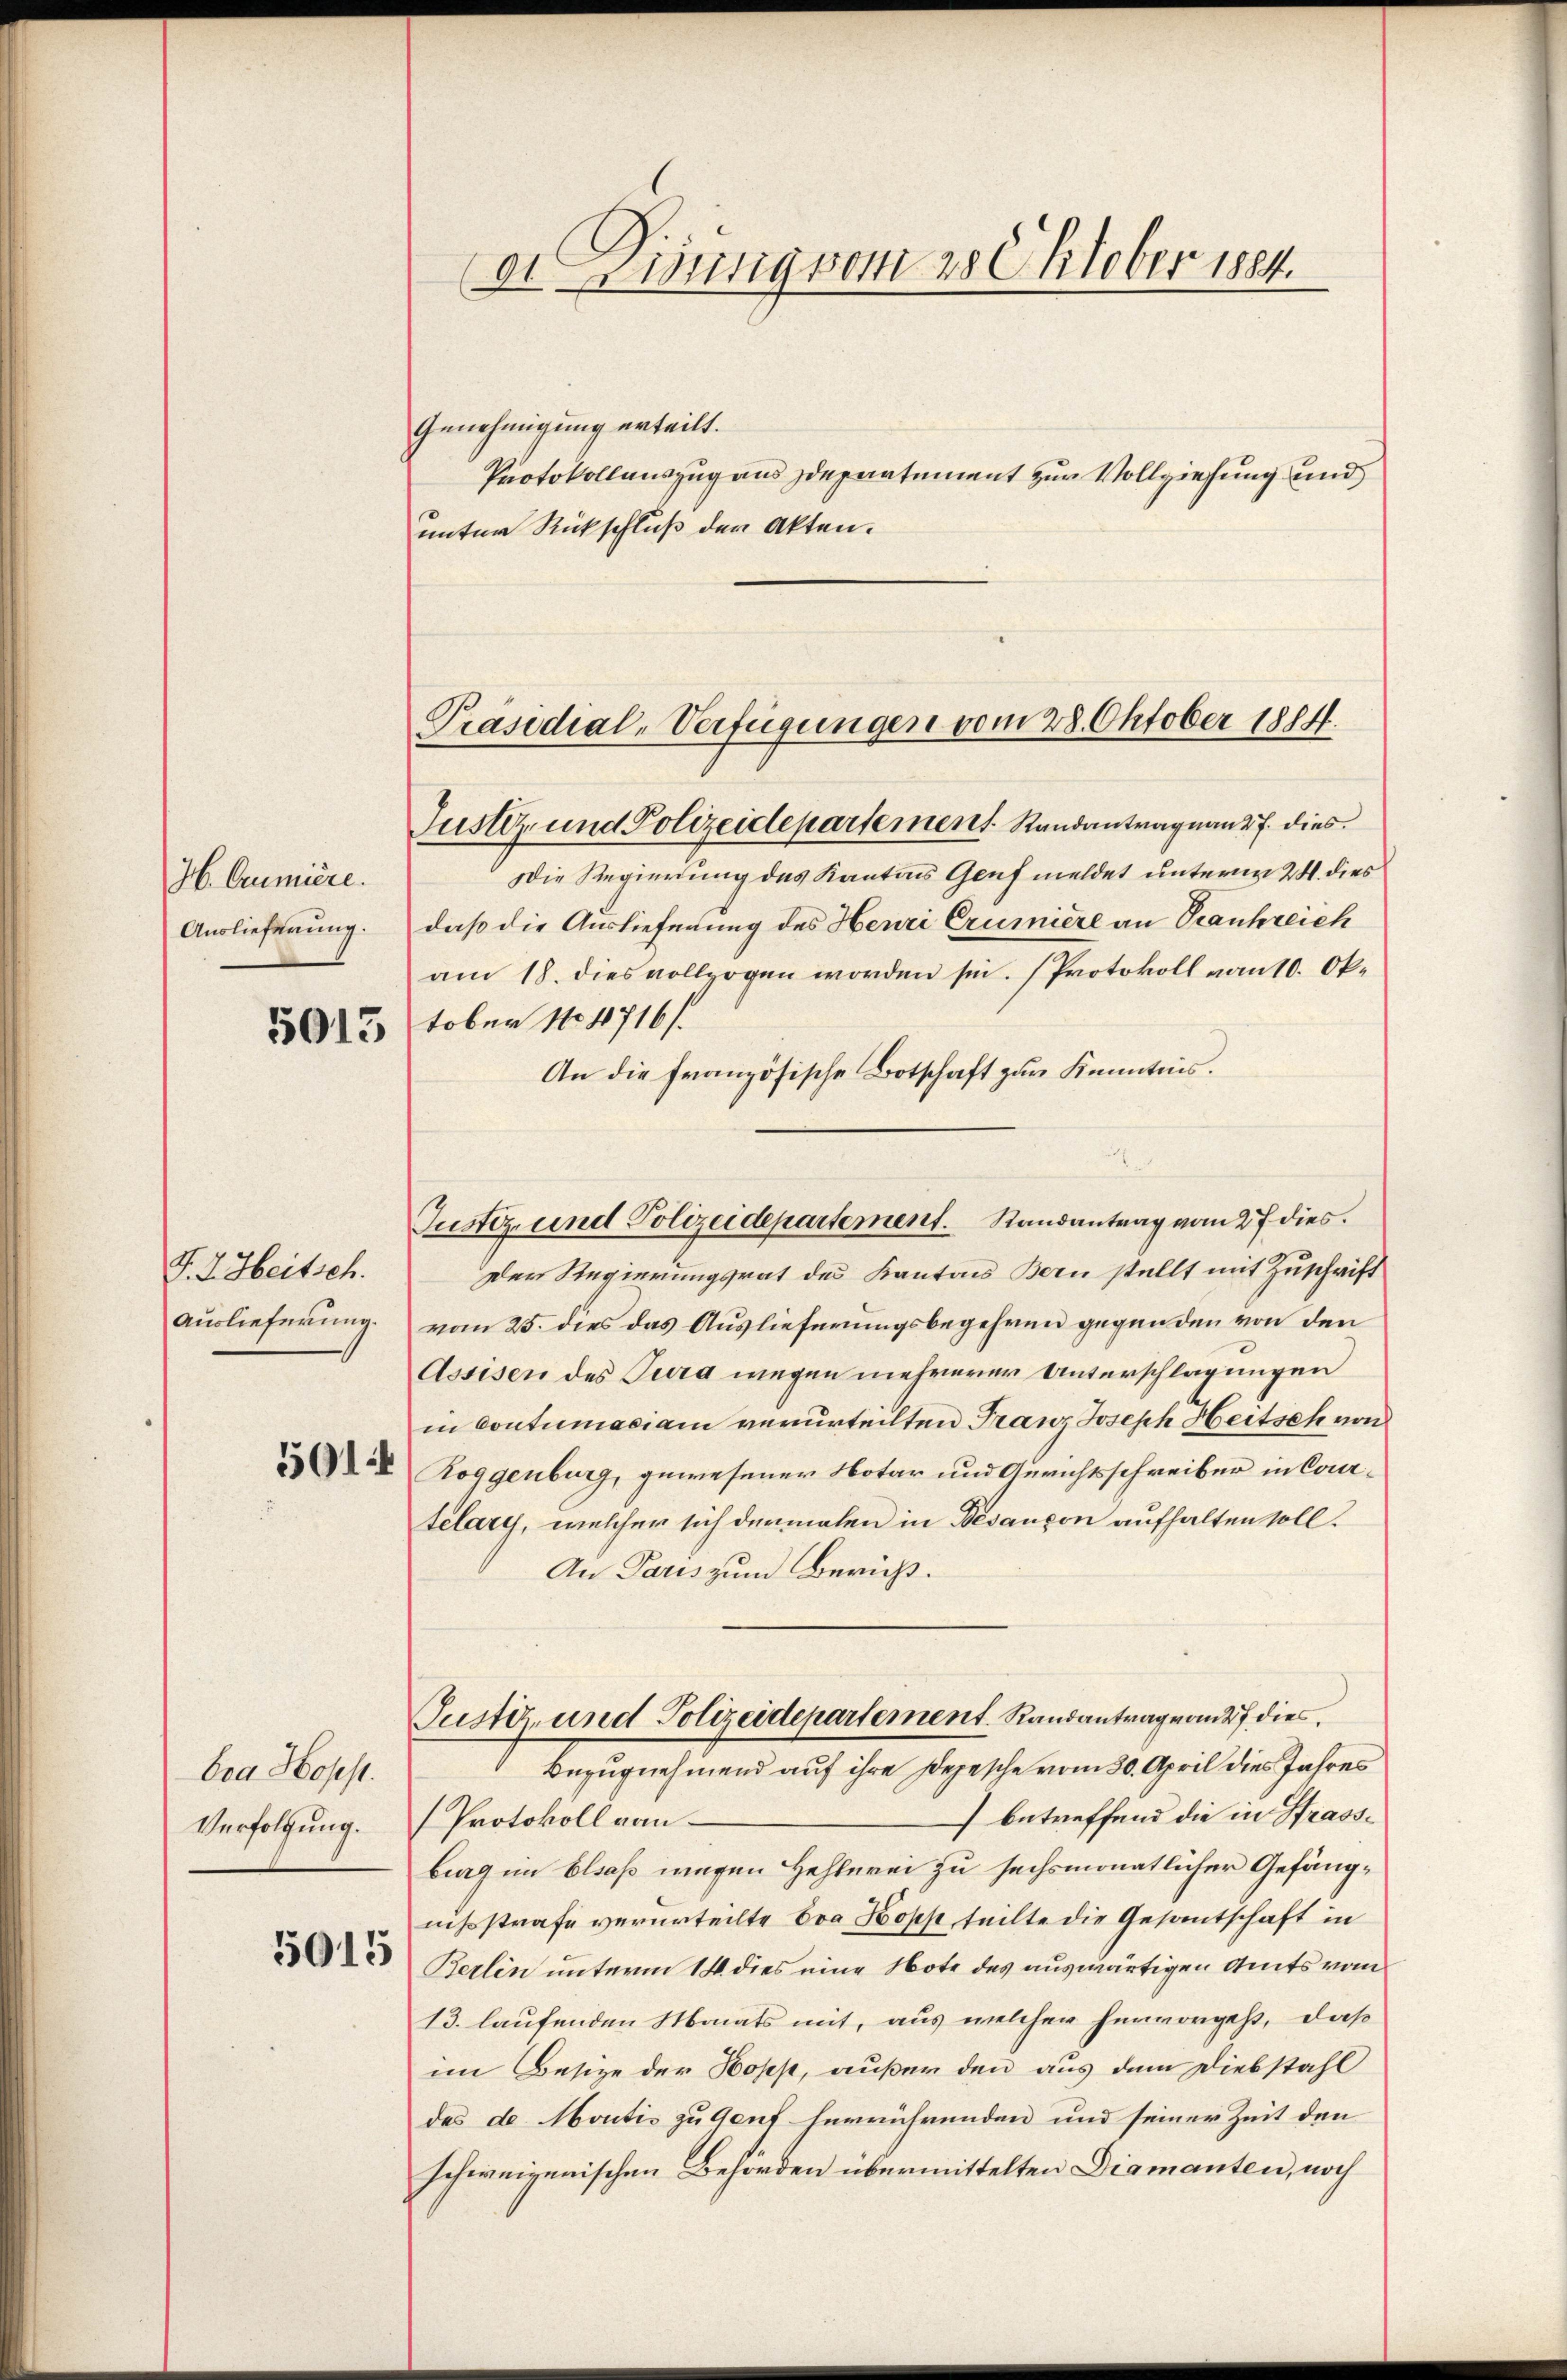
H. Cumière.
Auslieferung.

5013

F. J. Heitsch.
Auslieferung.
501

bea Hopst.
Verfolgung.

5015

Genehmigung erteilt.
Protokollauszug aus departement zur Vollziehung und
unter Rückschluß der Akten.

Präsidial-Verfügungen vom 28. Oktober 1884.
Justiz- und Polizeidepartement. Randanträgnant 7. dies

(dt. Ding vom 28 Oktober 1884.

Die Regierung des Kantons Genf meldet unterm 24. dies
daß die Auslieferung des Heuri Crumiere an Trankreich
am 18. dies vollzogen worden sei. Protokoll vom 10. Oktober No 4716/
An die französische Botschaft zur Kenntnis.
Der Regierungsrat des Kantons Bern stellt mit Zuschrift
vom 25. dies das Auslieferungsbegehren gegenden von den
Assisen des Jura wegen mehrerer Unterschlagungen
in Contumaciam verurteilten Franz Joseph Heitsch von
Roggenburg, gewesener Notar und Anrichtsschreiber in Contelary, welcher sich dermalen in Desançon aufhalten soll.
An Paris zum Bericht.
Justiz- und Polizeidepartement. Randantrag vom 27 dies
Bezugnehmend auf ihre Depesche vom 30. April dies Jahres
betreffend die in Strass¬
Protokoll von
burg im Elsaß wegen Hehlerei zu sechsmonatlicher Gefängnihsstrafe verurteilte Eva Kopp, teilte die Gesantschaft in
Berlin unterm 14. dies eine Note des auswärtigen Amts vom
13. laufenden Monats mit, aus welcher hervorgeht, daß
im Besize der Hopp, außer den aus dem Diebstahl
des de Moutis zu Genf herrührenden und seiner Zeit den
schweizerischen Behörden übermittelten Diamanten, noch

d
Justiz- und Polizeidepartement. Randantrag vom 27 dies